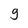
Character: g